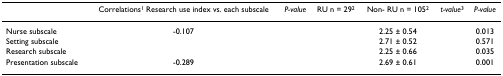
<table><thead><tr><td>[EMPTY_CELL]</td><td><b>Correlations<sup>1</sup> Research use index vs. each subscale</b></td><td><b><i>P-value</i></b></td><td><b>RU n = 29<sup>2</sup></b></td><td><b>Non- RUn = 105<sup>2</sup></b></td><td><b><i>t-value</i><sup>3</sup></b></td><td><b><i>P-value</i></b></td></tr></thead><tbody><tr><td>Nurse subscale</td><td>-0.107</td><td>[EMPTY_CELL]</td><td>[EMPTY_CELL]</td><td>2.25 ± 0.54</td><td>[EMPTY_CELL]</td><td>0.013</td></tr><tr><td>Setting subscale</td><td>[EMPTY_CELL]</td><td>[EMPTY_CELL]</td><td>[EMPTY_CELL]</td><td>2.71 ± 0.52</td><td>[EMPTY_CELL]</td><td>0.571</td></tr><tr><td>Research subscale</td><td>[EMPTY_CELL]</td><td>[EMPTY_CELL]</td><td>[EMPTY_CELL]</td><td>2.25 ± 0.66</td><td>[EMPTY_CELL]</td><td>0.035</td></tr><tr><td>Presentation subscale</td><td>-0.289</td><td>[EMPTY_CELL]</td><td>[EMPTY_CELL]</td><td>2.69 ± 0.61</td><td>[EMPTY_CELL]</td><td>0.001</td></tr></tbody></table>